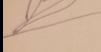
Signature authenticity: forged